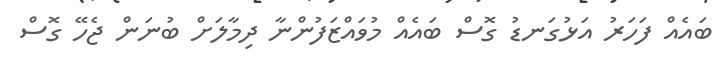
ބައެއް ފަހަރު އަޅުގަނޑު ގޮސް ބައެއް މުވައްޒަފުންނާ ދިމާލަށް ބުނަން ޖެހޭ ގޮސް